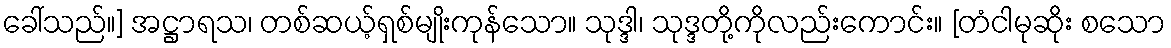
ခေါ်သည်။] အဋ္ဌာရသ၊ တစ်ဆယ့်ရှစ်မျိုးကုန်သော။ သုဒ္ဒါ၊ သုဒ္ဒတို့ကိုလည်းကောင်း။ [တံငါမုဆိုး စသော